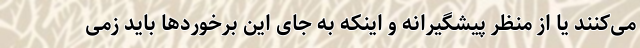
می‌کنند یا از منظر پیشگیرانه و اینکه به جای این برخوردها باید زمی